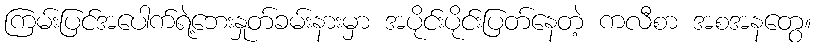
ကြမ်းပြင်အပေါက်ရဲ့ဘေးနှုတ်ခမ်းနားမှာ အပိုင်းပိုင်းပြတ်နေတဲ့ ကလီစာ အစအနတွေ။